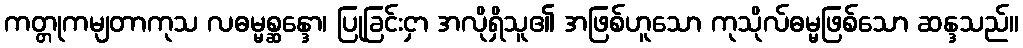
ကတ္တုကမျတာကုသ လဓမ္မစ္ဆန္ဒော၊ ပြုခြင်းငှာ အလိုရှိသူ၏ အဖြစ်ဟူသော ကုသိုလ်ဓမ္မဖြစ်သော ဆန္ဒသည်။